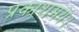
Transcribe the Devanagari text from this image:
प्रकाशमय।